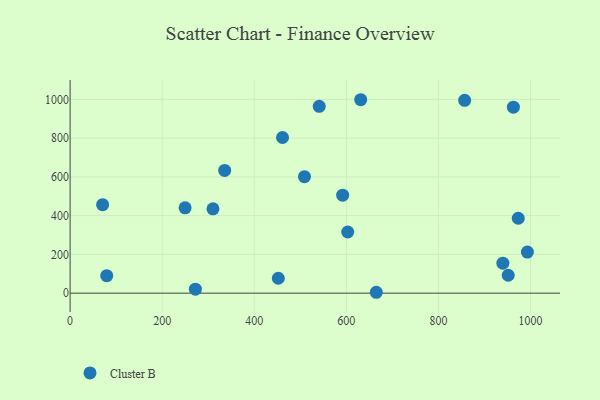
{"axis": {"x": "Price", "y": "Rating"}, "legend": ["Cluster B"], "data": [{"x": "962.8", "y": 959.8, "type": "Cluster B"}, {"x": "665.0", "y": 4.6, "type": "Cluster B"}, {"x": "940.0", "y": 154.6, "type": "Cluster B"}, {"x": "592.0", "y": 505.7, "type": "Cluster B"}, {"x": "335.7", "y": 633.3, "type": "Cluster B"}, {"x": "857.0", "y": 995.2, "type": "Cluster B"}, {"x": "452.2", "y": 76.9, "type": "Cluster B"}, {"x": "509.0", "y": 601.1, "type": "Cluster B"}, {"x": "70.6", "y": 456.4, "type": "Cluster B"}, {"x": "272.1", "y": 20.7, "type": "Cluster B"}, {"x": "541.1", "y": 964.2, "type": "Cluster B"}, {"x": "461.4", "y": 803.1, "type": "Cluster B"}, {"x": "973.4", "y": 386.5, "type": "Cluster B"}, {"x": "79.5", "y": 90.5, "type": "Cluster B"}, {"x": "249.7", "y": 440.5, "type": "Cluster B"}, {"x": "310.3", "y": 435.0, "type": "Cluster B"}, {"x": "631.2", "y": 998.1, "type": "Cluster B"}, {"x": "951.6", "y": 92.5, "type": "Cluster B"}, {"x": "603.0", "y": 315.7, "type": "Cluster B"}, {"x": "993.2", "y": 212.1, "type": "Cluster B"}]}